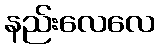
နည်းလေလေ